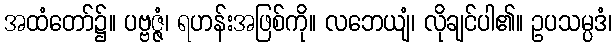
အထံတော်၌။ ပဗ္ဗဇ္ဇံ၊ ရဟန်းအဖြစ်ကို။ လဘေယျံ၊ လိုချင်ပါ၏။ ဥပသမ္ပဒံ၊